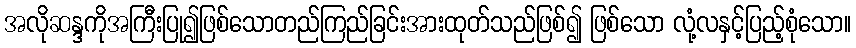
အလိုဆန္ဒကိုအကြီးပြု၍ဖြစ်သောတည်ကြည်ခြင်းအားထုတ်သည်ဖြစ်၍ ဖြစ်သော လုံ့လနှင့်ပြည့်စုံသော။